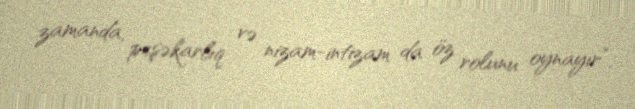
zamanda, peşəkarlıq və nizam-intizam da öz rolunu oynayır”.